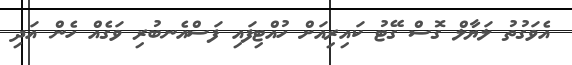
އެވަގުތު ލަޔާލް ގޮސް ގޭޓު ކައިރިއަށް ހުއްޓިފައި ފަސްއެނބުރި ވަގެއް ހެން އަދި